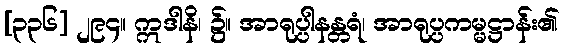
[၃၃၆] ၂၉၄။ ဣဒါနိ၊ ၌။ အာရုပ္ပါနန္တရံ၊ အာရုပ္ပကမ္မဋ္ဌာန်း၏